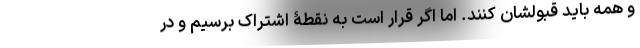
و همه باید قبولشان کنند. اما اگر قرار است به نقطۀ اشتراک برسیم و در